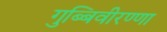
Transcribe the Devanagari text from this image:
गुब्बिवीरण्णा